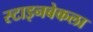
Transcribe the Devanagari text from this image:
स्टाइनबेकला